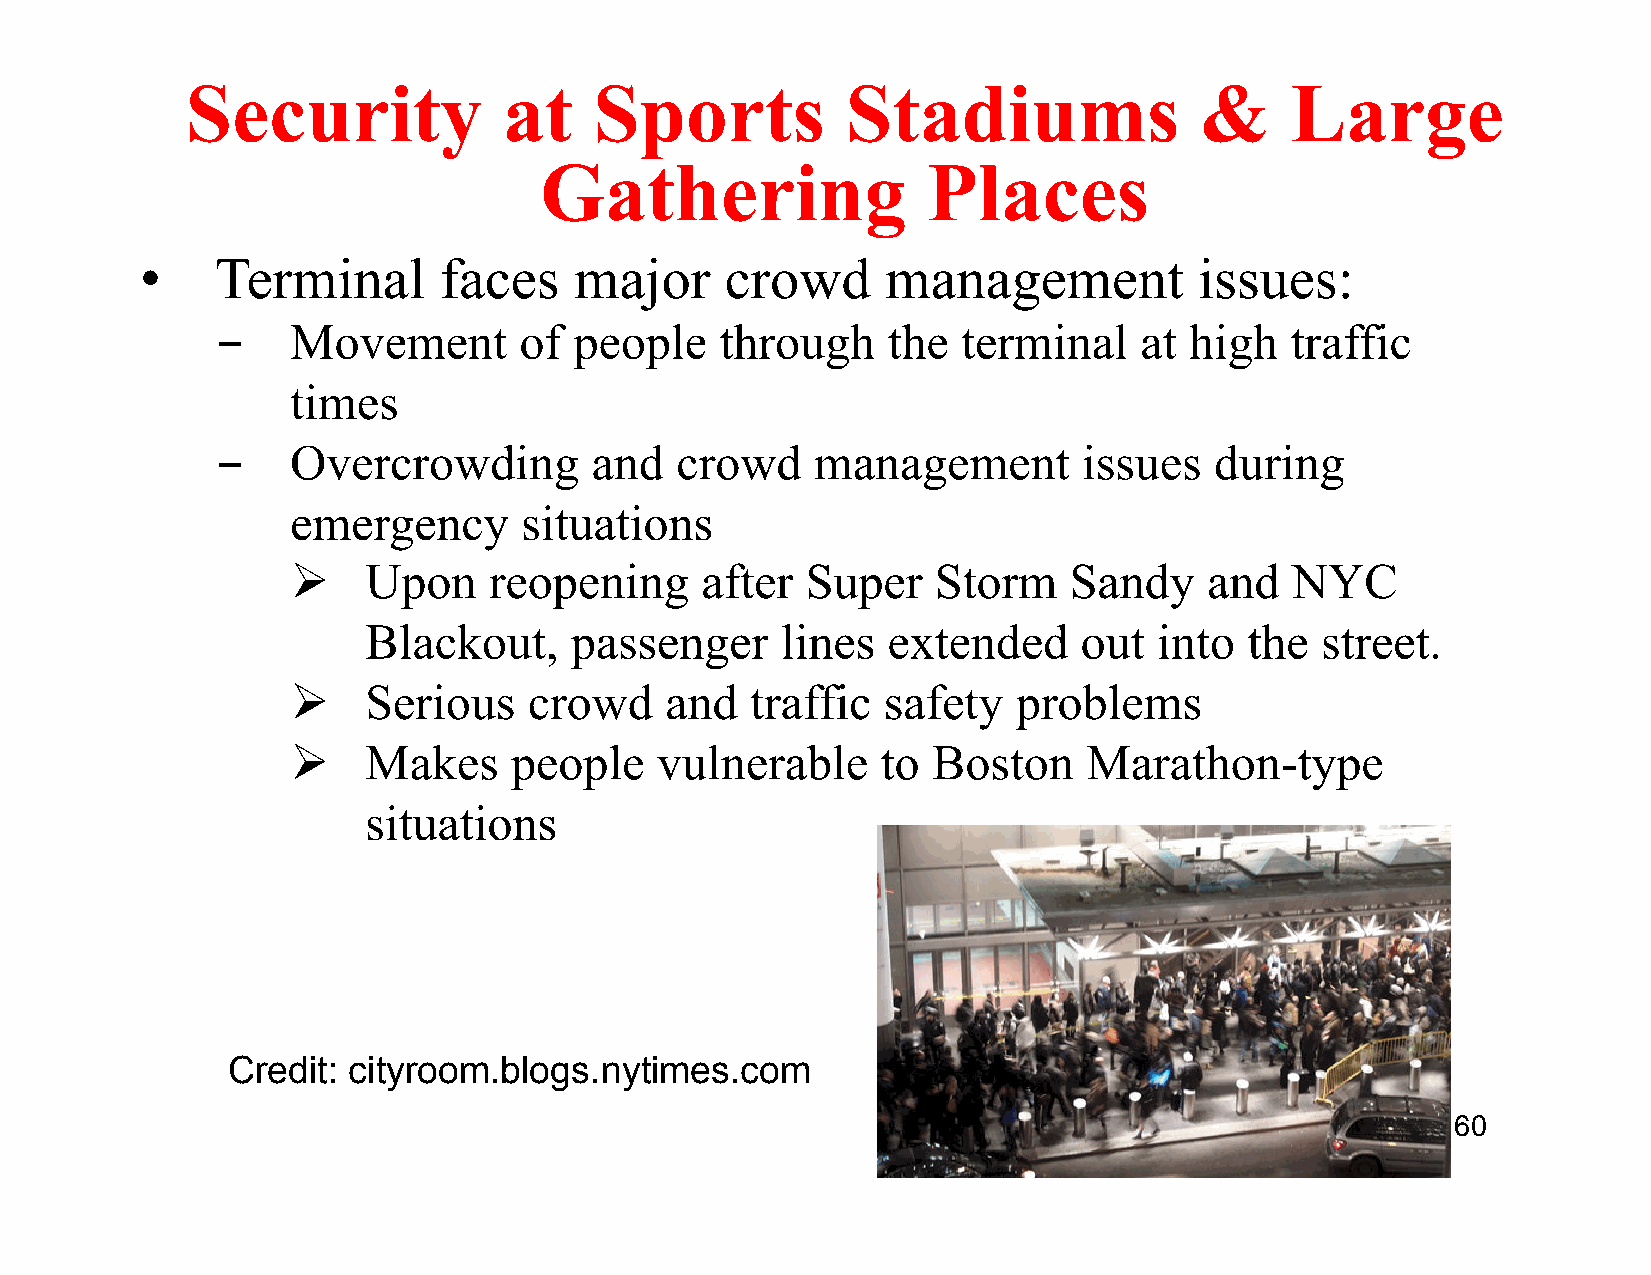
Security             at    Sports           Stadiums               &     Large
 Gathering                Places
 •    Terminal       faces    major     crowd      management          issues:
 ­    Movement       of  people    through    the  terminal   at  high  traffic
 times
 ­    Overcrowding        and   crowd    management        issues  during
 emergency      situations
 Ø   Upon    reopening     after  Super    Storm    Sandy    and  NYC
 Blackout,     passenger     lines  extended     out  into  the street.
 Ø   Serious    crowd    and   traffic safety   problems
 Ø   Makes     people   vulnerable     to  Boston    Marathon-type
 situations
 Credit: cityroom.blogs.nytimes.com
 Dust  storm   in Mali                    60